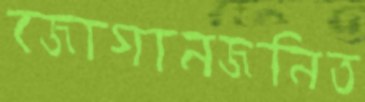
জোগানজনিত